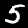
Label: 5